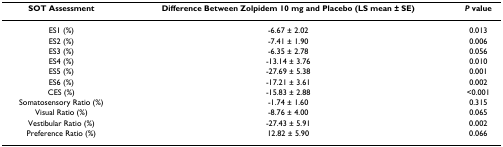
<table><thead><tr><td><b>SOT Assessment</b></td><td><b>Difference Between Zolpidem 10 mg and Placebo (LS mean ± SE)</b></td><td><b><i>P </i>value</b></td></tr></thead><tbody><tr><td>ES1 (%)</td><td>-6.67 ± 2.02</td><td>0.013</td></tr><tr><td>ES2 (%)</td><td>-7.41 ± 1.90</td><td>0.006</td></tr><tr><td>ES3 (%)</td><td>-6.35 ± 2.78</td><td>0.056</td></tr><tr><td>ES4 (%)</td><td>-13.14 ± 3.76</td><td>0.010</td></tr><tr><td>ES5 (%)</td><td>-27.69 ± 5.38</td><td>0.001</td></tr><tr><td>ES6 (%)</td><td>-17.21 ± 3.61</td><td>0.002</td></tr><tr><td>CES (%)</td><td>-15.83 ± 2.88</td><td>&lt;0.001</td></tr><tr><td>Somatosensory Ratio (%)</td><td>-1.74 ± 1.60</td><td>0.315</td></tr><tr><td>Visual Ratio (%)</td><td>-8.76 ± 4.00</td><td>0.065</td></tr><tr><td>Vestibular Ratio (%)</td><td>-27.43 ± 5.91</td><td>0.002</td></tr><tr><td>Preference Ratio (%)</td><td>12.82 ± 5.90</td><td>0.066</td></tr></tbody></table>